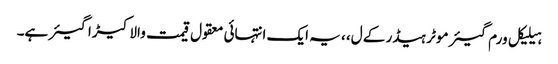
ہیلیکل ورم گیئر موٹر ہیڈر کے ل، ، یہ ایک انتہائی معقول قیمت والا کیڑا گیئر ہے۔